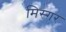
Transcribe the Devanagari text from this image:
मिस्गर